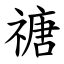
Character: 禟